Annual report of the Imperial Bacteriological Laboratory, Muktesar
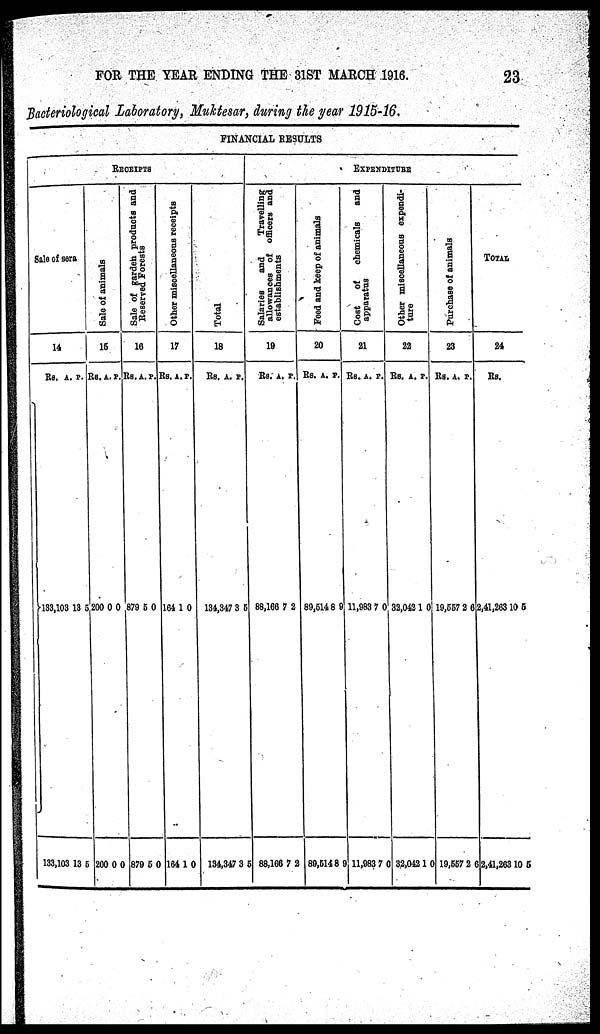
FOR THE YEAR ENDING THE 31ST MARCH 1916.
23
Bacteriological Laboratory, Muktesar, during the year 1915-16.
FINANCIAL RESULTS
RECEIPTS
Sale of sera
14
RS.
}133,103
133,103
A.
13
13
P.
5
5
Sal e of animals
15
RS.
200
200
A.
0
0
P.
0
0
Sale of garden products and
Reserved forests
16
RS.
879
879
A.
5
5
P.
0
0
Other miscellaneous receipts
17
RS.
164
164
A.
1
1
P.
0
0
TOTAL
18
RS.
134,347
134,347
A.
3
3
P.
5
5
EXPENDITURE
Salaries and Travelling
allowances of officers and
establishments
19
RS.
88,166
88,166
A.
7
7
P.
2
2
Feed and keep of animals
20
RS.
89,514
89,514
A.
8
8
P.
9
9
Cos t of chemicals and
apparatus
21
RS.
11,983
11,983
A.
7
7
P.
0
0
Other miscellaneous expendi-
ture
22
RS.
32,042
32,042
A.
1
1
P.
0
0
Purchase of animals
23
RS.
19,557
19,557
A.
2
2
P.
6
6
TOTAL
24
RS.
2,41,263 10 5
2,41,263 10 5